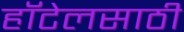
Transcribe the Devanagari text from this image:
हॉटेलसाठी